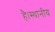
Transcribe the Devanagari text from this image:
है।स्थानीय